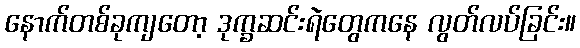
နောက်တစ်ခုကျတော့ ဒုက္ခဆင်းရဲတွေကနေ လွတ်လပ်ခြင်း။